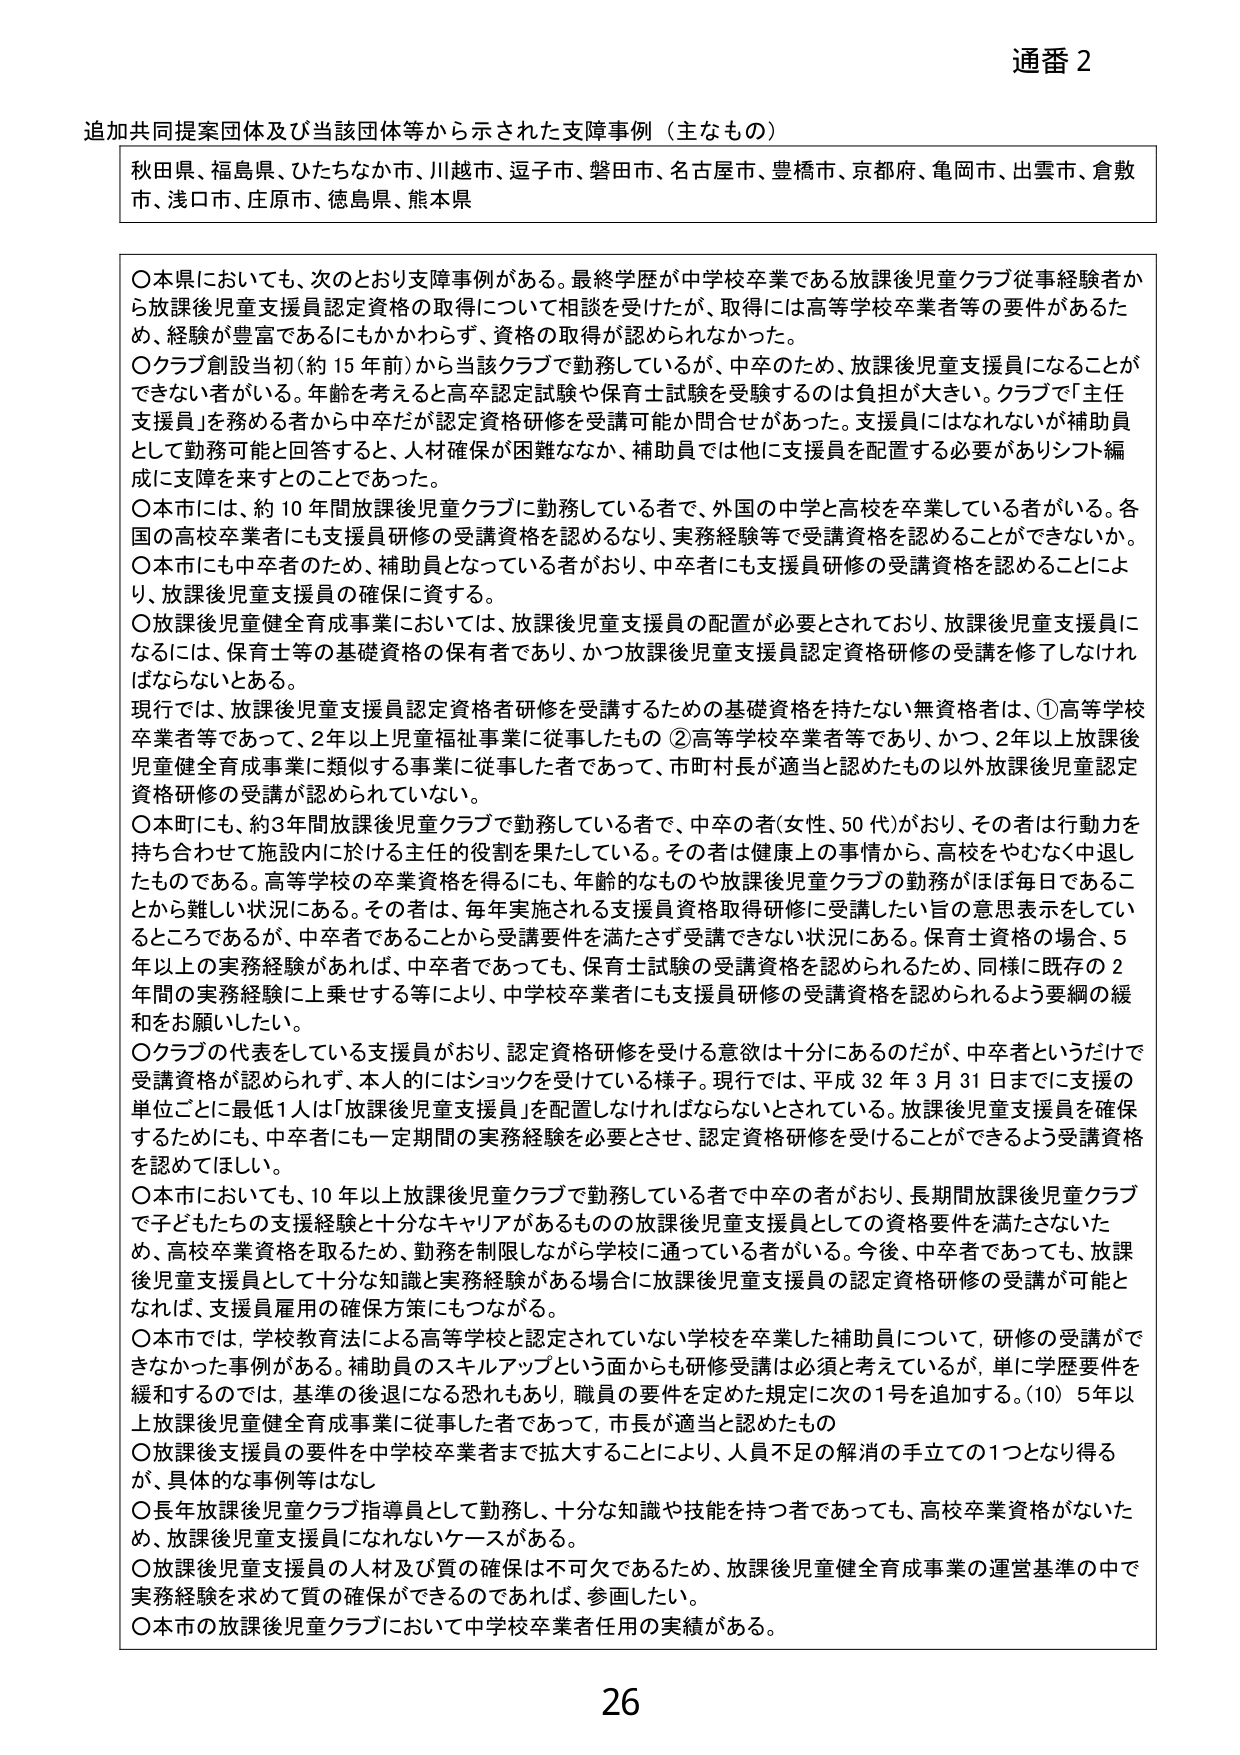
通番 2

追加共同提案団体及び当該団体等から示された支援事例（主なもの）

秋島県、福島県、ひたちなか市、川越市、逗子市、磐田市、名古屋市、豊橋市、京都府、亀岡市、出雲市、倉敷市、浅口市、庄原市、徳島県、熊本県

〇本県においても、次のとおり支援事例がある。最終学歴が中学校卒業である放課後児童クラブ従事経験者から放課後児童支援員認定資格の取得について相談を受けたが、取得には高等学校卒業者等の要件があるため、経験が豊富であるにもかかわらず、資格の取得が認められなかった。

〇クラブ創設当初（約15年前）から当該クラブで勤務しているが、中卒のため、放課後児童支援員になることができない者がいる。年齢を考えると高卒認定試験や保育士試験を受験するのは負担が大きい。クラブで「主任支援員」を務める者から中卒だが認定資格研修を受講可能か問合せがあった。支援員にはなれないが補助員として勤務可能と回答すると、人材確保が困難ななか、補助員では他に支援員を配置する必要がありシフト編成に支障を来すとのことであった。

〇本市には、約10年間放課後児童クラブに勤務している者で、外国の中学校と高校を卒業している者がいる。各国の高校卒業者にも支援員研修の受講資格を認めるなり、実務経験等で受講資格を認めることができないか。

〇本市にも中卒者のため、補助員となっている者がおり、中卒者にも支援員研修の受講資格を認めることにより、放課後児童支援員の確保に資する。

〇放課後児童健全育成事業においては、放課後児童支援員の配置が必要とされており、放課後児童支援員になるには、保育士等の基礎資格の保有者であり、かつ放課後児童支援員認定資格研修の受講を修了しなければならないとある。

現行では、放課後児童支援員認定資格者研修を受講するための基礎資格を持たない無資格者は、①高等学校卒業者等であって、2年以上児童福祉事業に従事したもの ②高等学校卒業者等であり、かつ、2年以上放課後児童健全育成事業に類似する事業に従事した者であって、市町村長が適当と認めたもの以外放課後児童認定資格研修の受講が認められていない。

〇本町にも、約3年間放課後児童クラブで勤務している者で、中卒の者（女性、50代）がおり、その者は行動力を持ち合わせて施設内に於ける主任の役割を果たしている。その者は健康上の事情から、高校をやむなく中退したものである。高等学校の卒業資格を得るにも、年齢的なものや放課後児童クラブの勤務がほぼ毎日であることから難しい状況にある。その者は、毎年実施される支援員資格取得研修に受講したい旨の意思表示をしているところであるが、中卒者であることから受講要件を満たさず受講できない状況にある。保育士資格の場合、5年以上の実務経験があれば、中卒者であっても、保育士試験の受講資格を認められるため、同様に既存の2年間の実務経験に上乗せする等により、中学校卒業者にも支援員研修の受講資格を認められるよう要綱の緩和をお願いしたい。

〇クラブの代表をしている支援員がおり、認定資格研修を受ける意欲は十分にあるのだが、中卒者というだけで受講資格が認められず、本人的にはショックを受けている様子。現行では、平成32年3月31日までに支援の単位ごとに最低1人は「放課後児童支援員」を配置しなければならないとされている。放課後児童支援員を確保するためにも、中卒者にも一定期間の実務経験を必要とさせ、認定資格研修を受けることができるよう受講資格を認めてほしい。

〇本市においても、10年以上放課後児童クラブで勤務している者で中卒の者がおり、長期間放課後児童クラブで子どもたちの支援経験と十分なキャリアがあるものの放課後児童支援員としての資格要件を満たさないため、高校卒業資格を取るため、勤務を制限しながら学校に通っている者がいる。今後、中卒者であっても、放課後児童支援員として十分な知識と実務経験がある場合に放課後児童支援員の認定資格研修の受講が可能となれば、支援員雇用の確保方策にもつながる。

〇本市では、学校教育法による高等学校と認定されていない学校を卒業した補助員について、研修の受講ができなかった事例がある。補助員のスキルアップという面からも研修受講は必須と考えているが、単に学歴要件を緩和するのでは、基準の後退になる恐れもあり、職員の要件を定めた規定に次の1号を追加する。（10）5年以上放課後児童健全育成事業に従事した者であって、市長が適当と認めたもの

〇放課後支援員の要件を中学校卒業者まで拡大することにより、人員不足の解消の手立ての1つとなり得るが、具体的な事例等はなし

〇長年放課後児童クラブ指導員として勤務し、十分な知識や技能を持つ者であっても、高校卒業資格がないため、放課後児童支援員になれないケースがある。

〇放課後児童支援員の人材及び質の確保は不可欠であるため、放課後児童健全育成事業の運営基準の中で実務経験を求めて質の確保ができるのであれば、参画したい。

〇本市の放課後児童クラブにおいて中学校卒業者任用の実績がある。

26